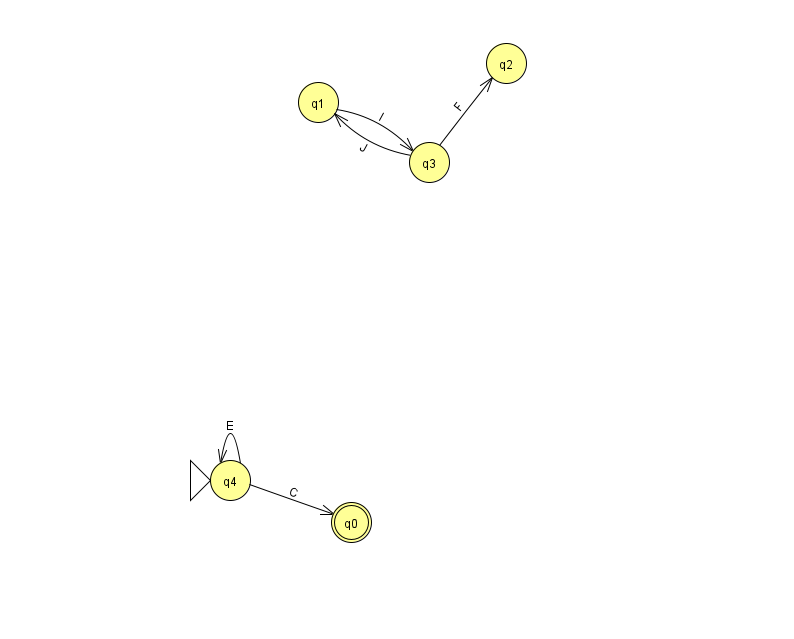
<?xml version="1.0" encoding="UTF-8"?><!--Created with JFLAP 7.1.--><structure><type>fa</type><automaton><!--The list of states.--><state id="0" name="q0"><x>351.0</x><y>509.0</y><final/></state><state id="1" name="q1"><x>318.0</x><y>89.0</y></state><state id="2" name="q2"><x>506.0</x><y>50.0</y></state><state id="3" name="q3"><x>429.0</x><y>149.0</y></state><state id="4" name="q4"><x>230.0</x><y>467.0</y><initial/></state><!--The list of transitions.--><transition><from>4</from><to>4</to><read>E</read></transition><transition><from>3</from><to>1</to><read>J</read></transition><transition><from>4</from><to>0</to><read>C</read></transition><transition><from>1</from><to>3</to><read>l</read></transition><transition><from>3</from><to>2</to><read>F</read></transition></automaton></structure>